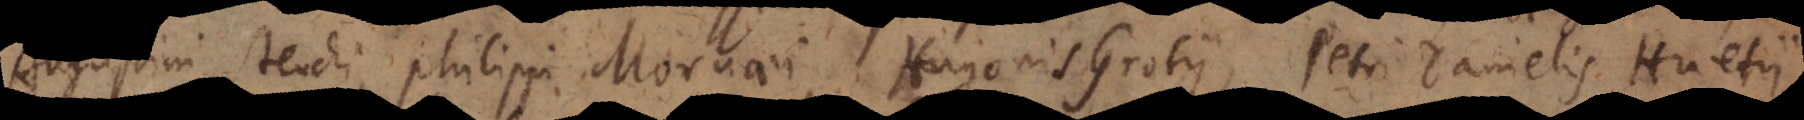
ugustini Steuchi, Philippi Mornaei, Hugonis Grotii, Petri Danielis Huetii